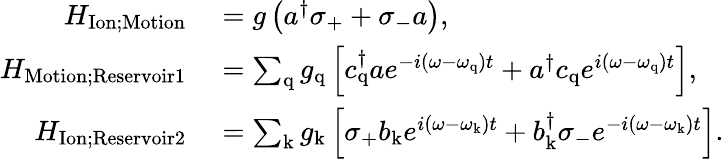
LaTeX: \begin{array}{rl}{H_{\mathrm{Ion;Motion}}}&{{}=g\left(a^{\dagger}\sigma_{\mathrm{+}}+\sigma_{\mathrm{-}}a\right),}\\ {H_{\mathrm{Motion;Reservoir1}}}&{{}=\sum_{\mathrm{q}}g_{\mathrm{q}}\left[c_{\mathrm{q}}^{\dagger}ae^{-i(\omega-\omega_{\mathrm{q}})t}+a^{\dagger}c_{\mathrm{q}}e^{i(\omega-\omega_{\mathrm{q}})t}\right],}\\ {H_{\mathrm{Ion;Reservoir2}}}&{{}=\sum_{\mathrm{k}}g_{\mathrm{k}}\left[\sigma_{\mathrm{+}}b_{\mathrm{k}}e^{i(\omega-\omega_{\mathrm{k}})t}+b_{\mathrm{k}}^{\dagger}\sigma_{\mathrm{-}}e^{-i(\omega-\omega_{\mathrm{k}})t}\right].}\end{array}